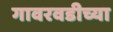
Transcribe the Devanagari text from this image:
गावरवडीच्या